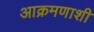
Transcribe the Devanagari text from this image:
आक्रमणाशी